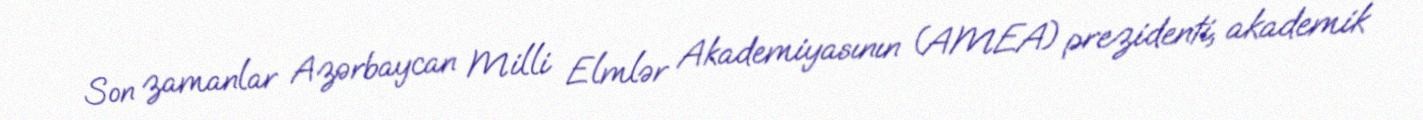
Son zamanlar Azərbaycan Milli Elmlər Akademiyasının (AMEA) prezidenti, akademik